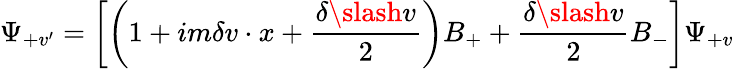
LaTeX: \Psi_{+v^{\prime}}=\left[\left(1+im\delta v\cdot x+\frac{\delta\slash v}{2}\right)B_{+}+\frac{\delta\slash v}{2}B_{-}\right]\Psi_{+v}